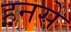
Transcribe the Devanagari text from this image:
हनसे